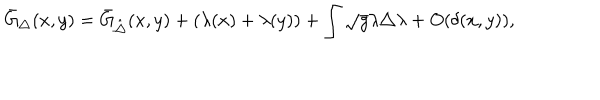
\bar { G } _ { \triangle } ( x , y ) = \bar { G } _ { \hat { \triangle } } ( x , y ) + ( \lambda ( x ) + \lambda ( y ) ) + \int \sqrt { g } \lambda { \triangle } \lambda + O ( \delta ( x , y ) ) ,